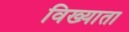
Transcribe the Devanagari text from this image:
विख्याता